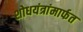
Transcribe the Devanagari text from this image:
शोधयंत्रांमार्फत